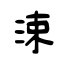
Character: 涑